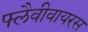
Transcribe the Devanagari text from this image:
फ्लैवीवायरस